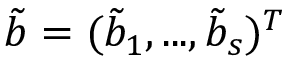
\boldsymbol { \tilde { b } } = ( \tilde { b } _ { 1 } , . . . , \tilde { b } _ { s } ) ^ { T }